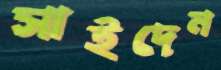
সাইদেন